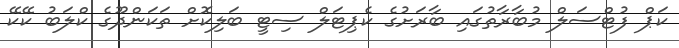
ކަޕް ފުޓްސަލް މުބާރާތުގައި ބާރަށުގެ ކެޕިޓަލް ސިޓީ ބަލިކޮށް ތަކަންދޫގެ ކްލަބު ކޭކޭ